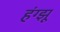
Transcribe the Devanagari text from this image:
हंग्झू